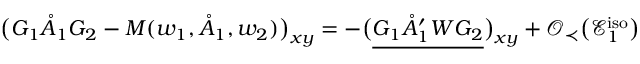
\big ( G _ { 1 } \mathring { A } _ { 1 } G _ { 2 } - M ( w _ { 1 } , \mathring { A } _ { 1 } , w _ { 2 } ) \big ) _ { \boldsymbol { x } \boldsymbol { y } } = - \big ( \underline { { G _ { 1 } \mathring { A } _ { 1 } ^ { \prime } W G _ { 2 } } } \big ) _ { \boldsymbol { x } \boldsymbol { y } } + \mathcal { O } _ { \prec } \big ( \mathcal { E } _ { 1 } ^ { \mathrm { i s o } } \big )